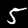
Label: 5